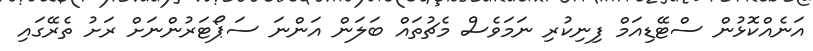
އަނެއްކޮޅުން ސްޓޭޑިއަމް ފިނިކުރި ނަމަވެސް މެޗުތައް ބަލަން އަންނަ ސަޕޯޓަރުންނަށް ރަށު ތެރޭގައި